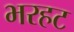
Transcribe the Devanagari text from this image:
भरहट